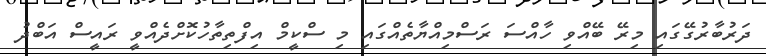
ދަރުބާރުގޭގައި މިރޭ ބޭއްވި ހާއްސަ ރަސްމިއްޔާތެއްގައި މި ސްކީމް އިފްތިތާހުކޮށްދެއްވީ ރައީސް އަބްދު